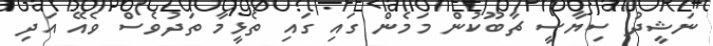
ނަޝީދު ސިޔާސީ ޗާބޫކުން މަމެން ގައި ގައި ތެޅީމާ ތަދުވެސް ވެއޭ އަދި